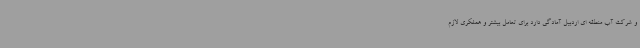
و شرکت آب منطقه ای اردبیل آمادگی دارد برای تعامل بیشتر و همفکری لازم